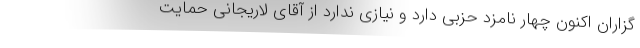
گزاران اکنون چهار نامزد حزبی دارد و نیازی ندارد از آقای لاریجانی حمایت